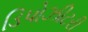
ડિપોઝીટરી